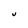
Character: U